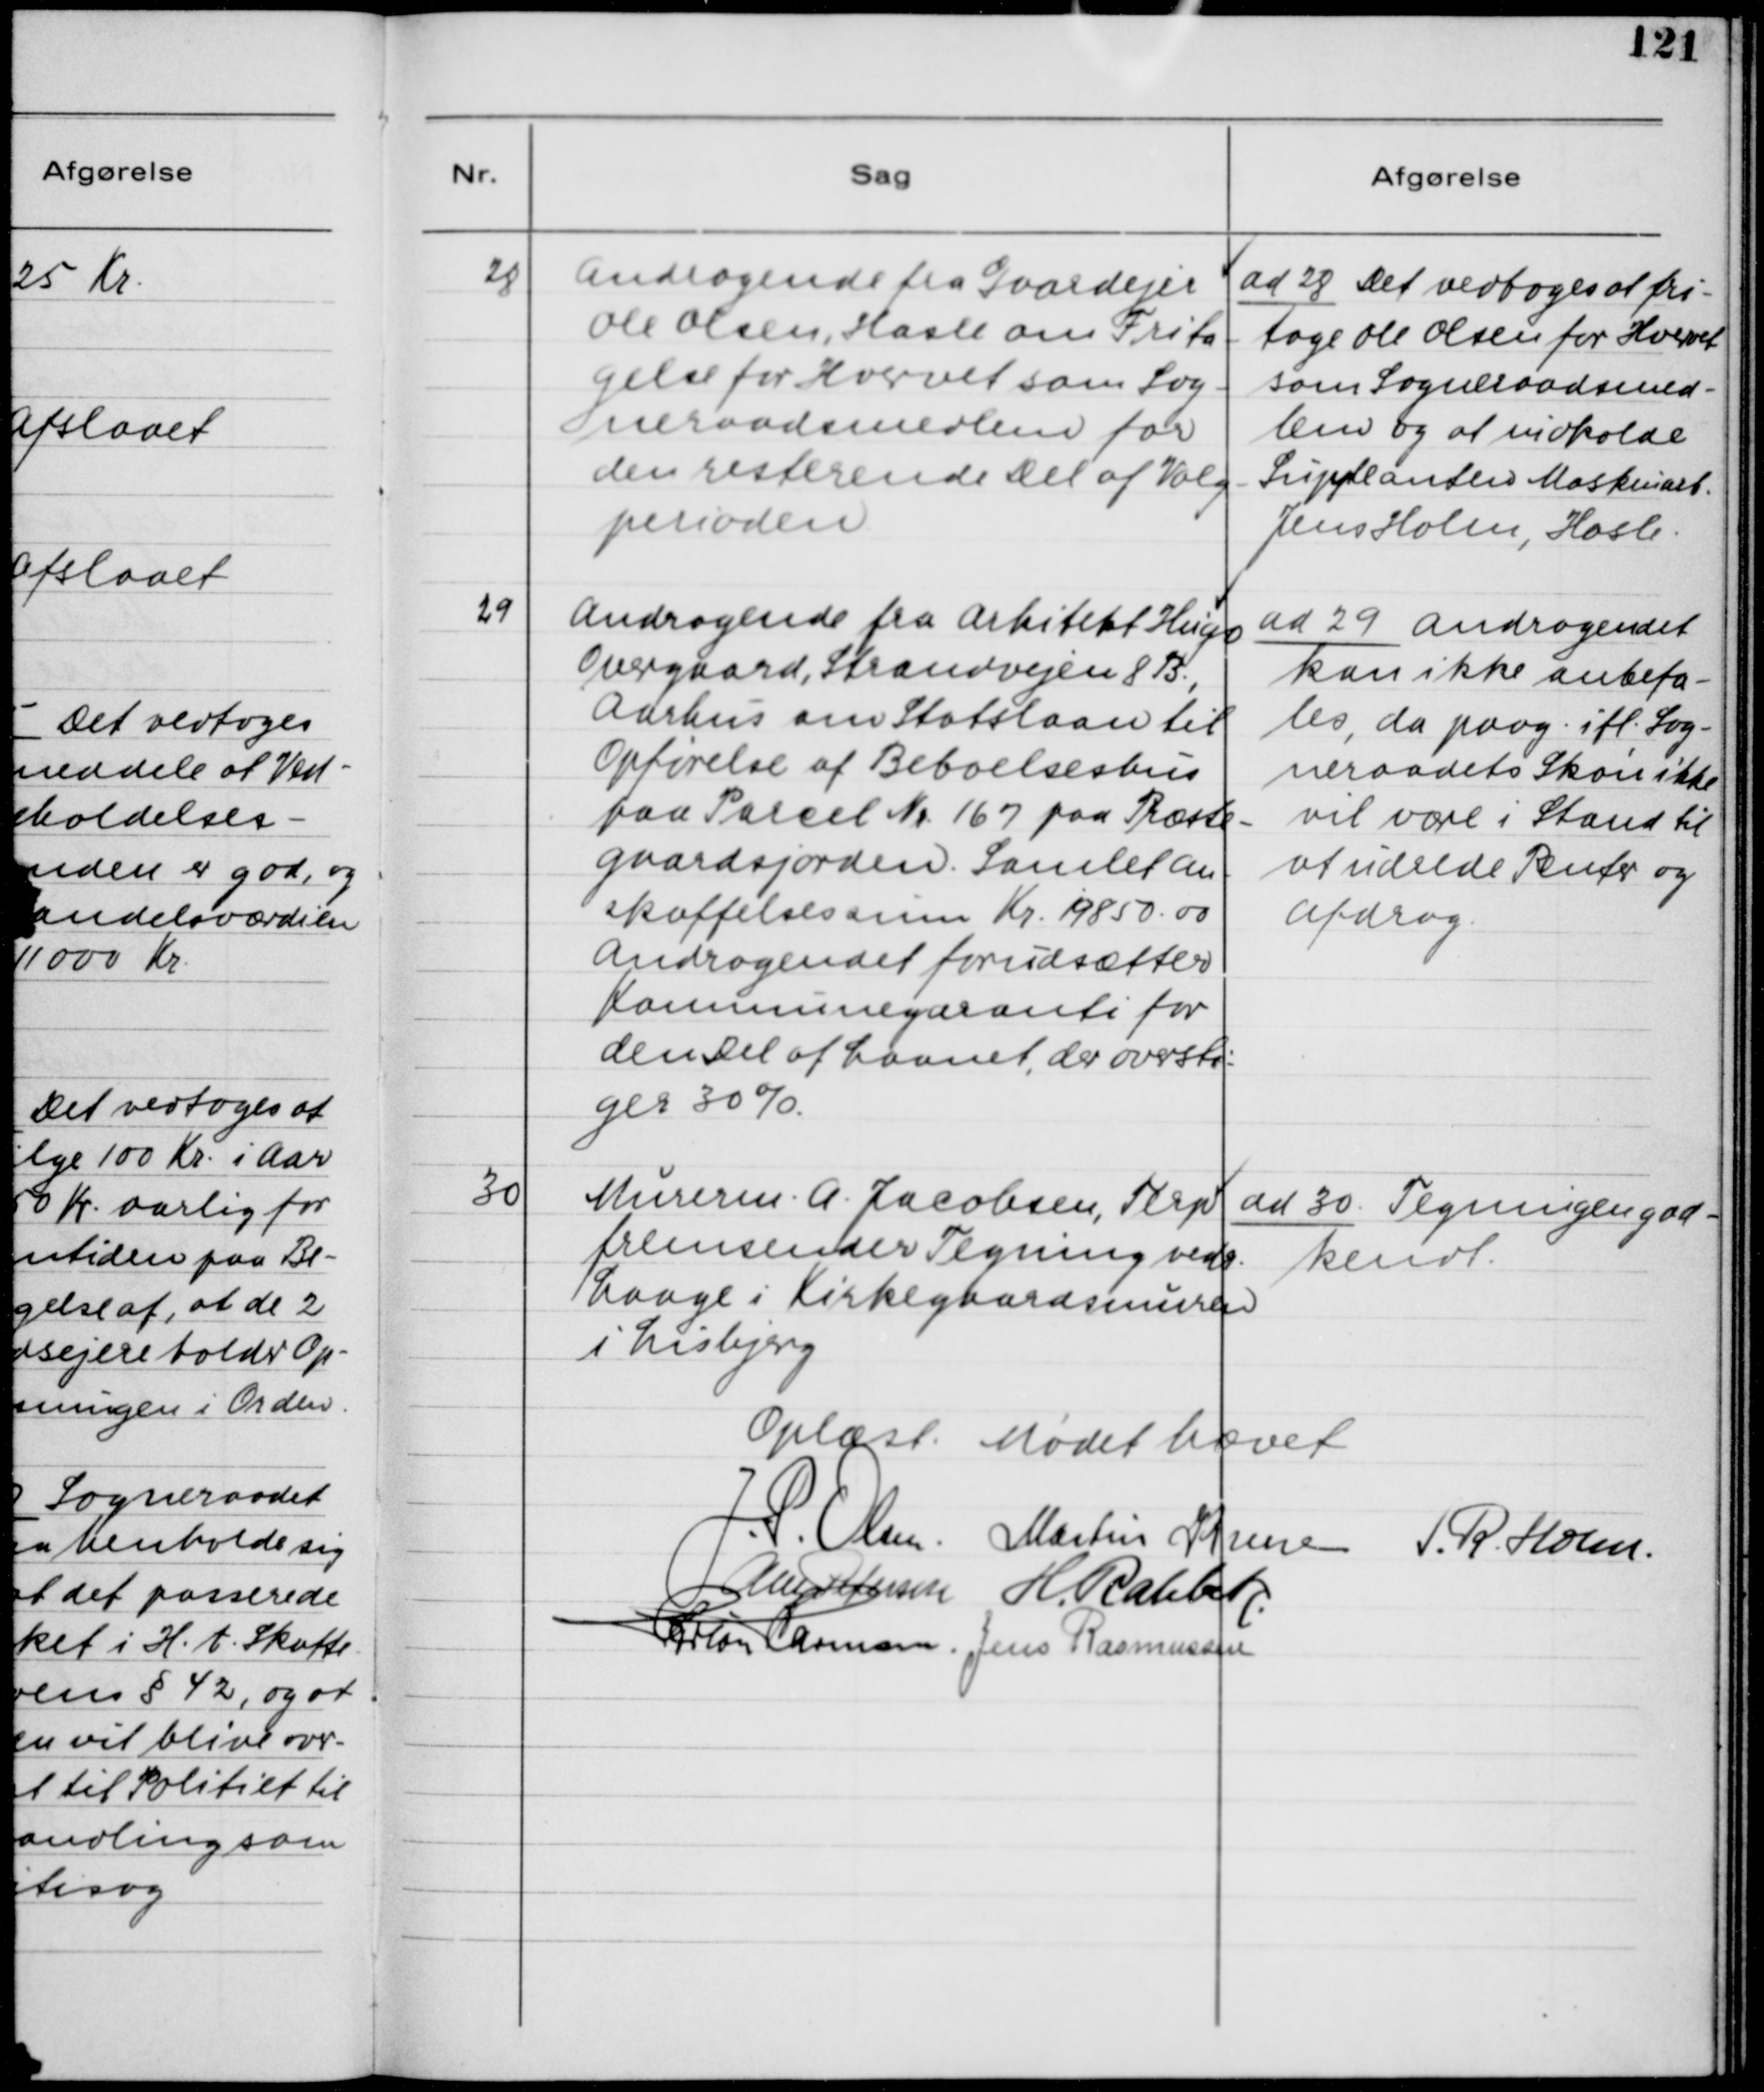
Transskription:
28. Andragende fra Gaardejer
Ole Olsen, Hasle om Frita-
gelse for Hvervet som Sog-
neraadsmedlem for
den resterende Del af Valg-
perioden.

ad 28. Det vedtoges at fri-
tage Ole Olsen for Hvervet
som Sogneraadsmed-
lem og at indkalde
Suppleanten Maskinarb.
Jens Holm, Hasle.

29. Andragende fra Arkitekt Hugo
Overgaard, Strandvejen 8 B,
Aarhus om Statslaan til
Opførelse af Beboelseshus
paa Parcel Nr. 167 paa Præste-
gaardsjorden. Samlet An-
skaffelsessum Kr. 19850.00
Andragendet forudsætter
Kommunegaranti for
den Del af Laanet, der oversti-
ger 30%.

ad 29. Andragendet
kan ikke anbefa-
les, da paag. ifl. Sog-
neraadets Skøn ikke
vil være i Stand til
at udrede Renter og
Afdrag.

30. Murerm. A. Jacobsen, Terp
fremsender Tegning vedr.
Laage i Kirkegaardsmuren
i Lisbjerg.

ad 30. Tegningen god-
kendt.

Oplæst. Mødet hævet.